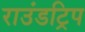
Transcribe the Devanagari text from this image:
राउंडट्रिप